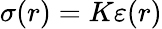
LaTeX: \sigma(r)=K\varepsilon(r)